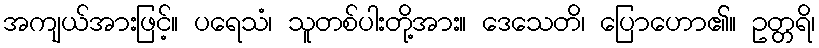
အကျယ်အားဖြင့်။ ပရေသံ၊ သူတစ်ပါးတို့အား။ ဒေသေတိ၊ ပြောဟော၏။ ဥတ္တရိ၊